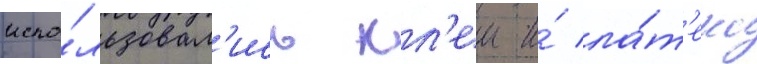
испо́льзовал'ись кл'еи и́ ла́т'екс